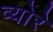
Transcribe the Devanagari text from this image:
व्योरे